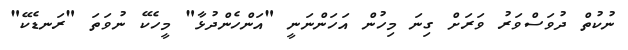
ނުކުތް ދުވަސްވަރު ވަރަށް ގިނަ މިހުން އަހަންނަނީ "އަންހެންދުޅާ" މީހެކޭ ނުވަތަ "ރަނޑެކޭ"